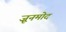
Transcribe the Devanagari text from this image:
ज़ूनमोद